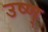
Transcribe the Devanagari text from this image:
उष्ण्